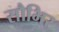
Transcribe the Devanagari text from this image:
सौभिर